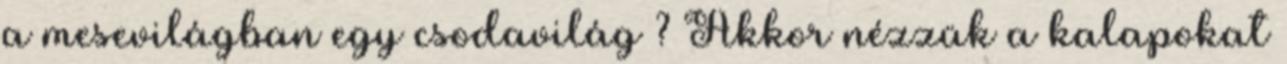
a mesevilágban egy csodavilág ? Akkor nézzük a kalapokat